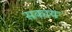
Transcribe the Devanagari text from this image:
सकाय